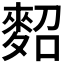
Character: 𪌕